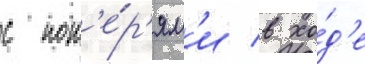
с пот'е́р'ям'и в хо́д'е